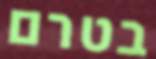
בטרם